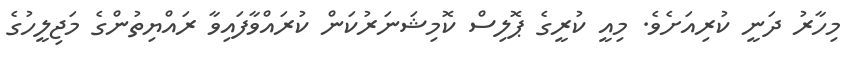
މިހާރު ދަނީ ކުރިއަށެވެ. މިއީ ކުރީގެ ޕޮލިސް ކޮމިޝަނަރުކަން ކުރައްވާފައިވާ ރައްޔިތުންގެ މަޖިލީހުގެ